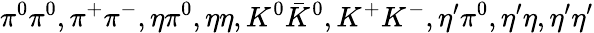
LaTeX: \pi^{0}\pi^{0},\pi^{+}\pi^{-},\eta\pi^{0},\eta\eta,K^{0}\bar{K}^{0},K^{+}K^{-},\eta^{\prime}\pi^{0},\eta^{\prime}\eta,\eta^{\prime}\eta^{\prime}